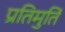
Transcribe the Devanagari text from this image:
प्रतिमुर्ति